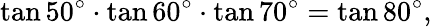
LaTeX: \tan 50^{\circ}\cdot\tan 60^{\circ}\cdot\tan 70^{\circ}=\tan 80^{\circ},